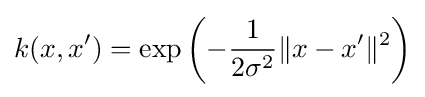
k(x,x')=\exp \left(-{\frac {1}{2\sigma ^{2}}}\|x-x'\|^{2}\right)